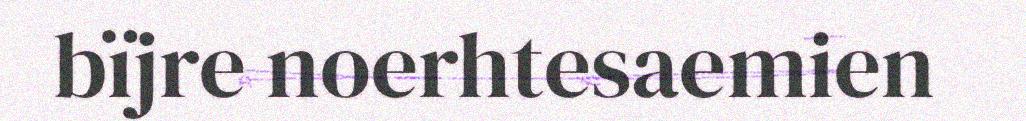
bïjre noerhtesaemien